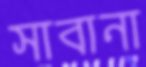
সাবানা